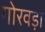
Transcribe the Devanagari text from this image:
गोरवड़ा